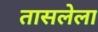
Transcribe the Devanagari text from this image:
तासलेला